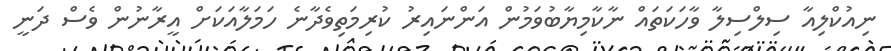
ނިއުކްލިއާ ސިލްސިލާ ވާހަކަތައް ނާކާމިޔާބުވަމުން އަންނައިރު ކުރިމަތިވެދާނެ ހަމަލާއަކަށް އީރާނުން ވެސް ދަނީ